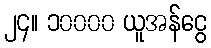
၂၄။ ၁၀၀၀၀ ယူအန်ငွေ